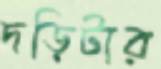
দড়িটার